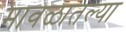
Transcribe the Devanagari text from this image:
मावळातल्या